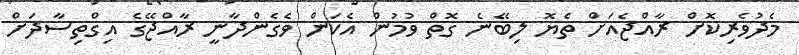
މެދުވެރިކޮށް ރާއްޖެއަށް ތެޔޮ ލިބޭނެ ގޮތް ވުމުން އެކަން ވެގެންދާނީ ރާއްޖޭގެ އިގްތިސާދަށް